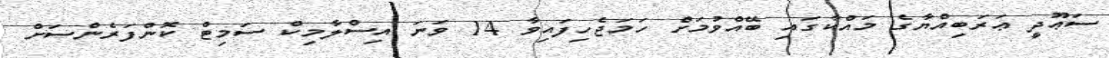
ސަޢޫދީ ޢަރަބިއްޔާގެ މައްކާގައި ބޭއްވުމަށް ހަމަޖެހިފައިވާ 14 ވަނަ އިސްލާމިކް ސަމިޓް ކޮންފަރެންސަށް